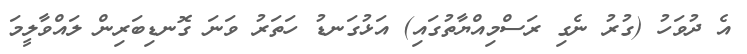
އެ ދުވަހު (ގުރު ނެގި ރަސްމިއްޔާތުގައި) އަޅުގަނޑު ހަތަރު ވަނަ ގޮނޑިބަރިން ލައްވާލީމަ